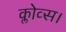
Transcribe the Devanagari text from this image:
क्लोव्स।